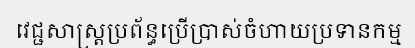
វេជ្ជសាស្ត្រប្រព័ន្ធប្រើប្រាស់ចំហាយប្រទានកម្ម